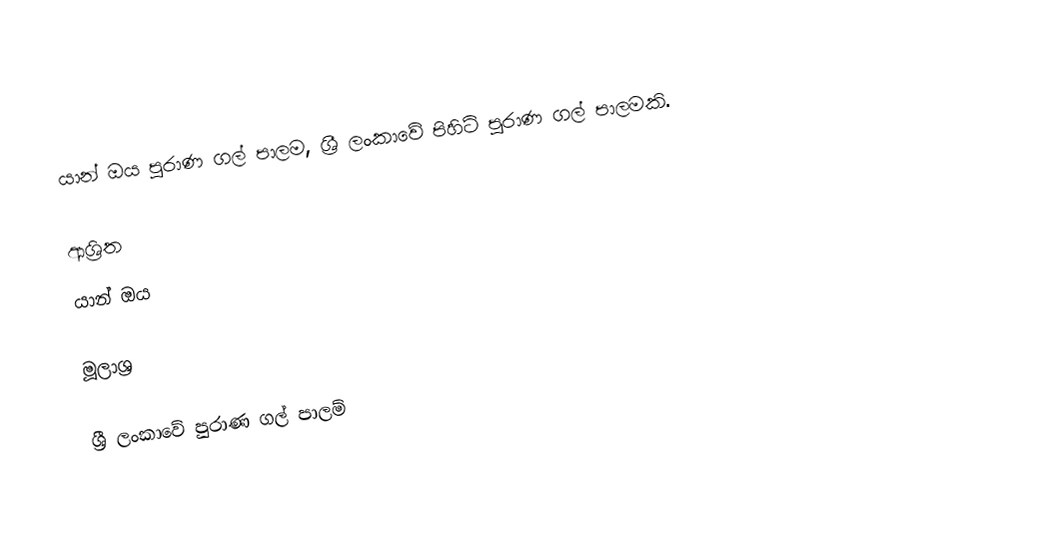
යාන් ඔය පුරාණ ගල් පාලම, ශ්‍රී ලංකාවේ පිහිටි පුරාණ ගල් පාලමකි.

ආශ්‍රිත
 යාන් ඔය

මූලාශ්‍ර

ශ්‍රී ලංකාවේ පුරාණ ගල් පාලම්